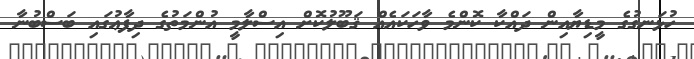
ހުޅަނގުގެ މީޑިޔާއިން ދައްކާ ކޮންމެ ވާހަކައެއް ޤަބޫލުކޮށް އިސްލާމީ އުންމަތުގެ ދިފާޢުގައި ބަސްބުނާ